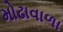
મોઢાવાળા